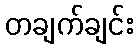
တချက်ချင်း